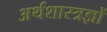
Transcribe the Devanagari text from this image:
अर्थशास्त्रज्ञों